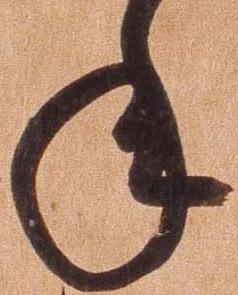
年